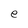
Character: e